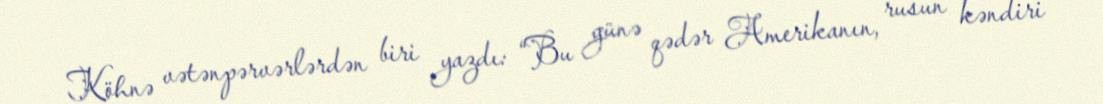
Köhnə vətənpərvərlərdən biri yazdı: “Bu günə qədər Amerikanın, rusun kəndiri